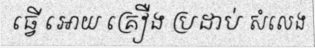
ធ្វើ អោយ គ្រឿង ប្រដាប់ សំលេង